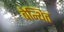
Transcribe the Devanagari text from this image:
बेन्थित